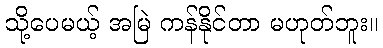
သို့ပေမယ့် အမြဲ ကန်နိုင်တာ မဟုတ်ဘူး။